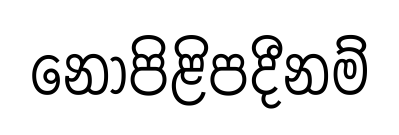
නොපිළිපදීනම්